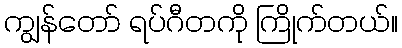
ကျွန်တော် ရပ်ဂီတကို ကြိုက်တယ်။